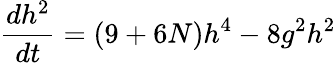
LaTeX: \frac{dh^{2}}{dt}=(9+6N)h^{4}-8g^{2}h^{2}